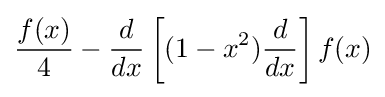
{\frac {f(x)}{4}}-{\frac {d}{dx}}\left[(1-x^{2}){\frac {d}{dx}}\right]f(x)